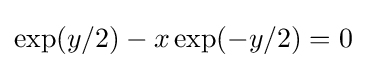
\exp(y/2)-x\exp(-y/2)=0